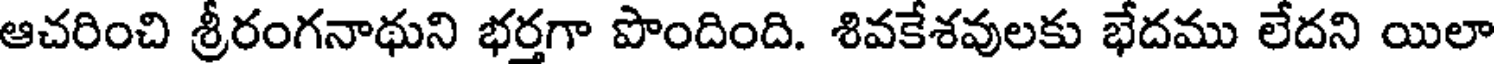
ఆచరించి శ్రీరంగనాథుని భర్తగా పొందింది. శివకేశవులకు భేదము లేదని యిలా